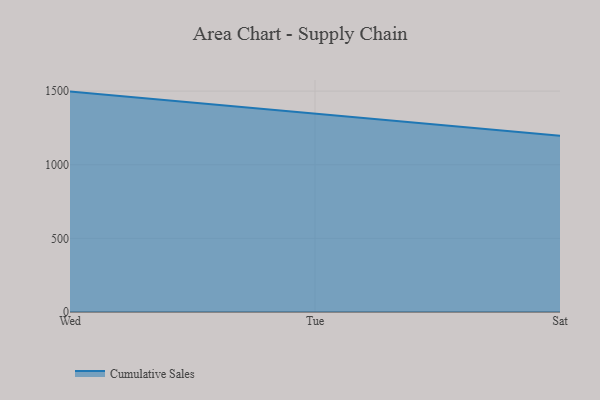
{"axis": {"x": "Day", "y": "Inventory Turnover"}, "legend": ["Cumulative Sales"], "data": [{"x": "Wed", "y": 1496.8, "type": "Cumulative Sales"}, {"x": "Tue", "y": 1347.9, "type": "Cumulative Sales"}, {"x": "Sat", "y": 1196.2, "type": "Cumulative Sales"}]}